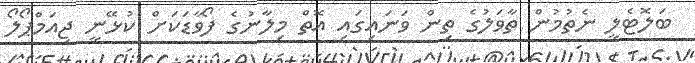
ބަލޮޓެލީ ނެތުމުން ތާވަލުގެ ތިން ވަނައިގައި އޮތް މިލާނުގެ ފޯވާޑަކަށް ކުޅޭނީ ޖިއަމްޕޯލޯ